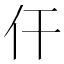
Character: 仠